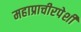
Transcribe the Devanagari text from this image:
महाप्राचीरपेशी